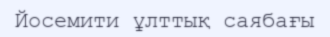
Йосемити ұлттық саябағы